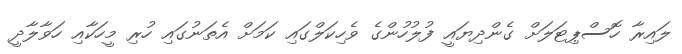
ލައިރާ ހޮސްޕިޓަލަށް ގެންދިޔައީ ފުލުހުންގެ ވެހިކަލްގައި ކަމަށް އެތަނުގައި ހުރި މީހަކާއި ހަވާލާދީ